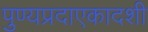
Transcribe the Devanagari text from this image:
पुण्यप्रदाएकादशी